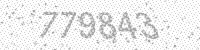
Solution: 779843